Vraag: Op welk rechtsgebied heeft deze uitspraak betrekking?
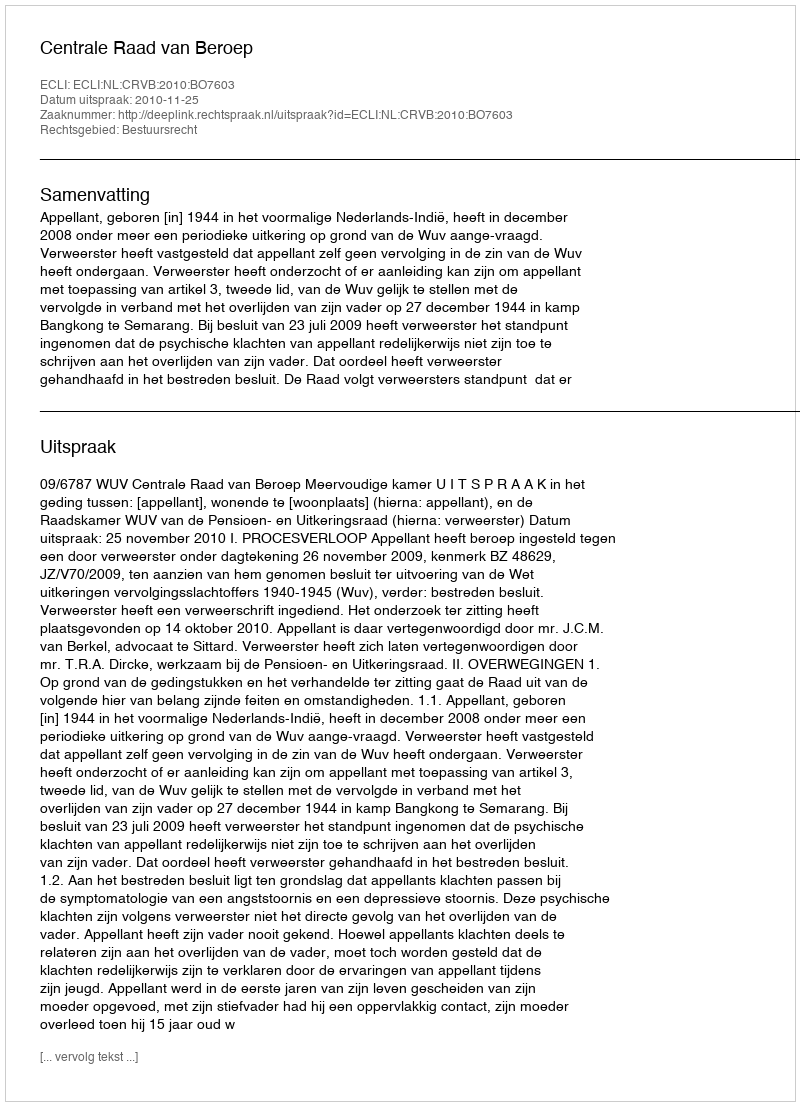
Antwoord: Bestuursrecht